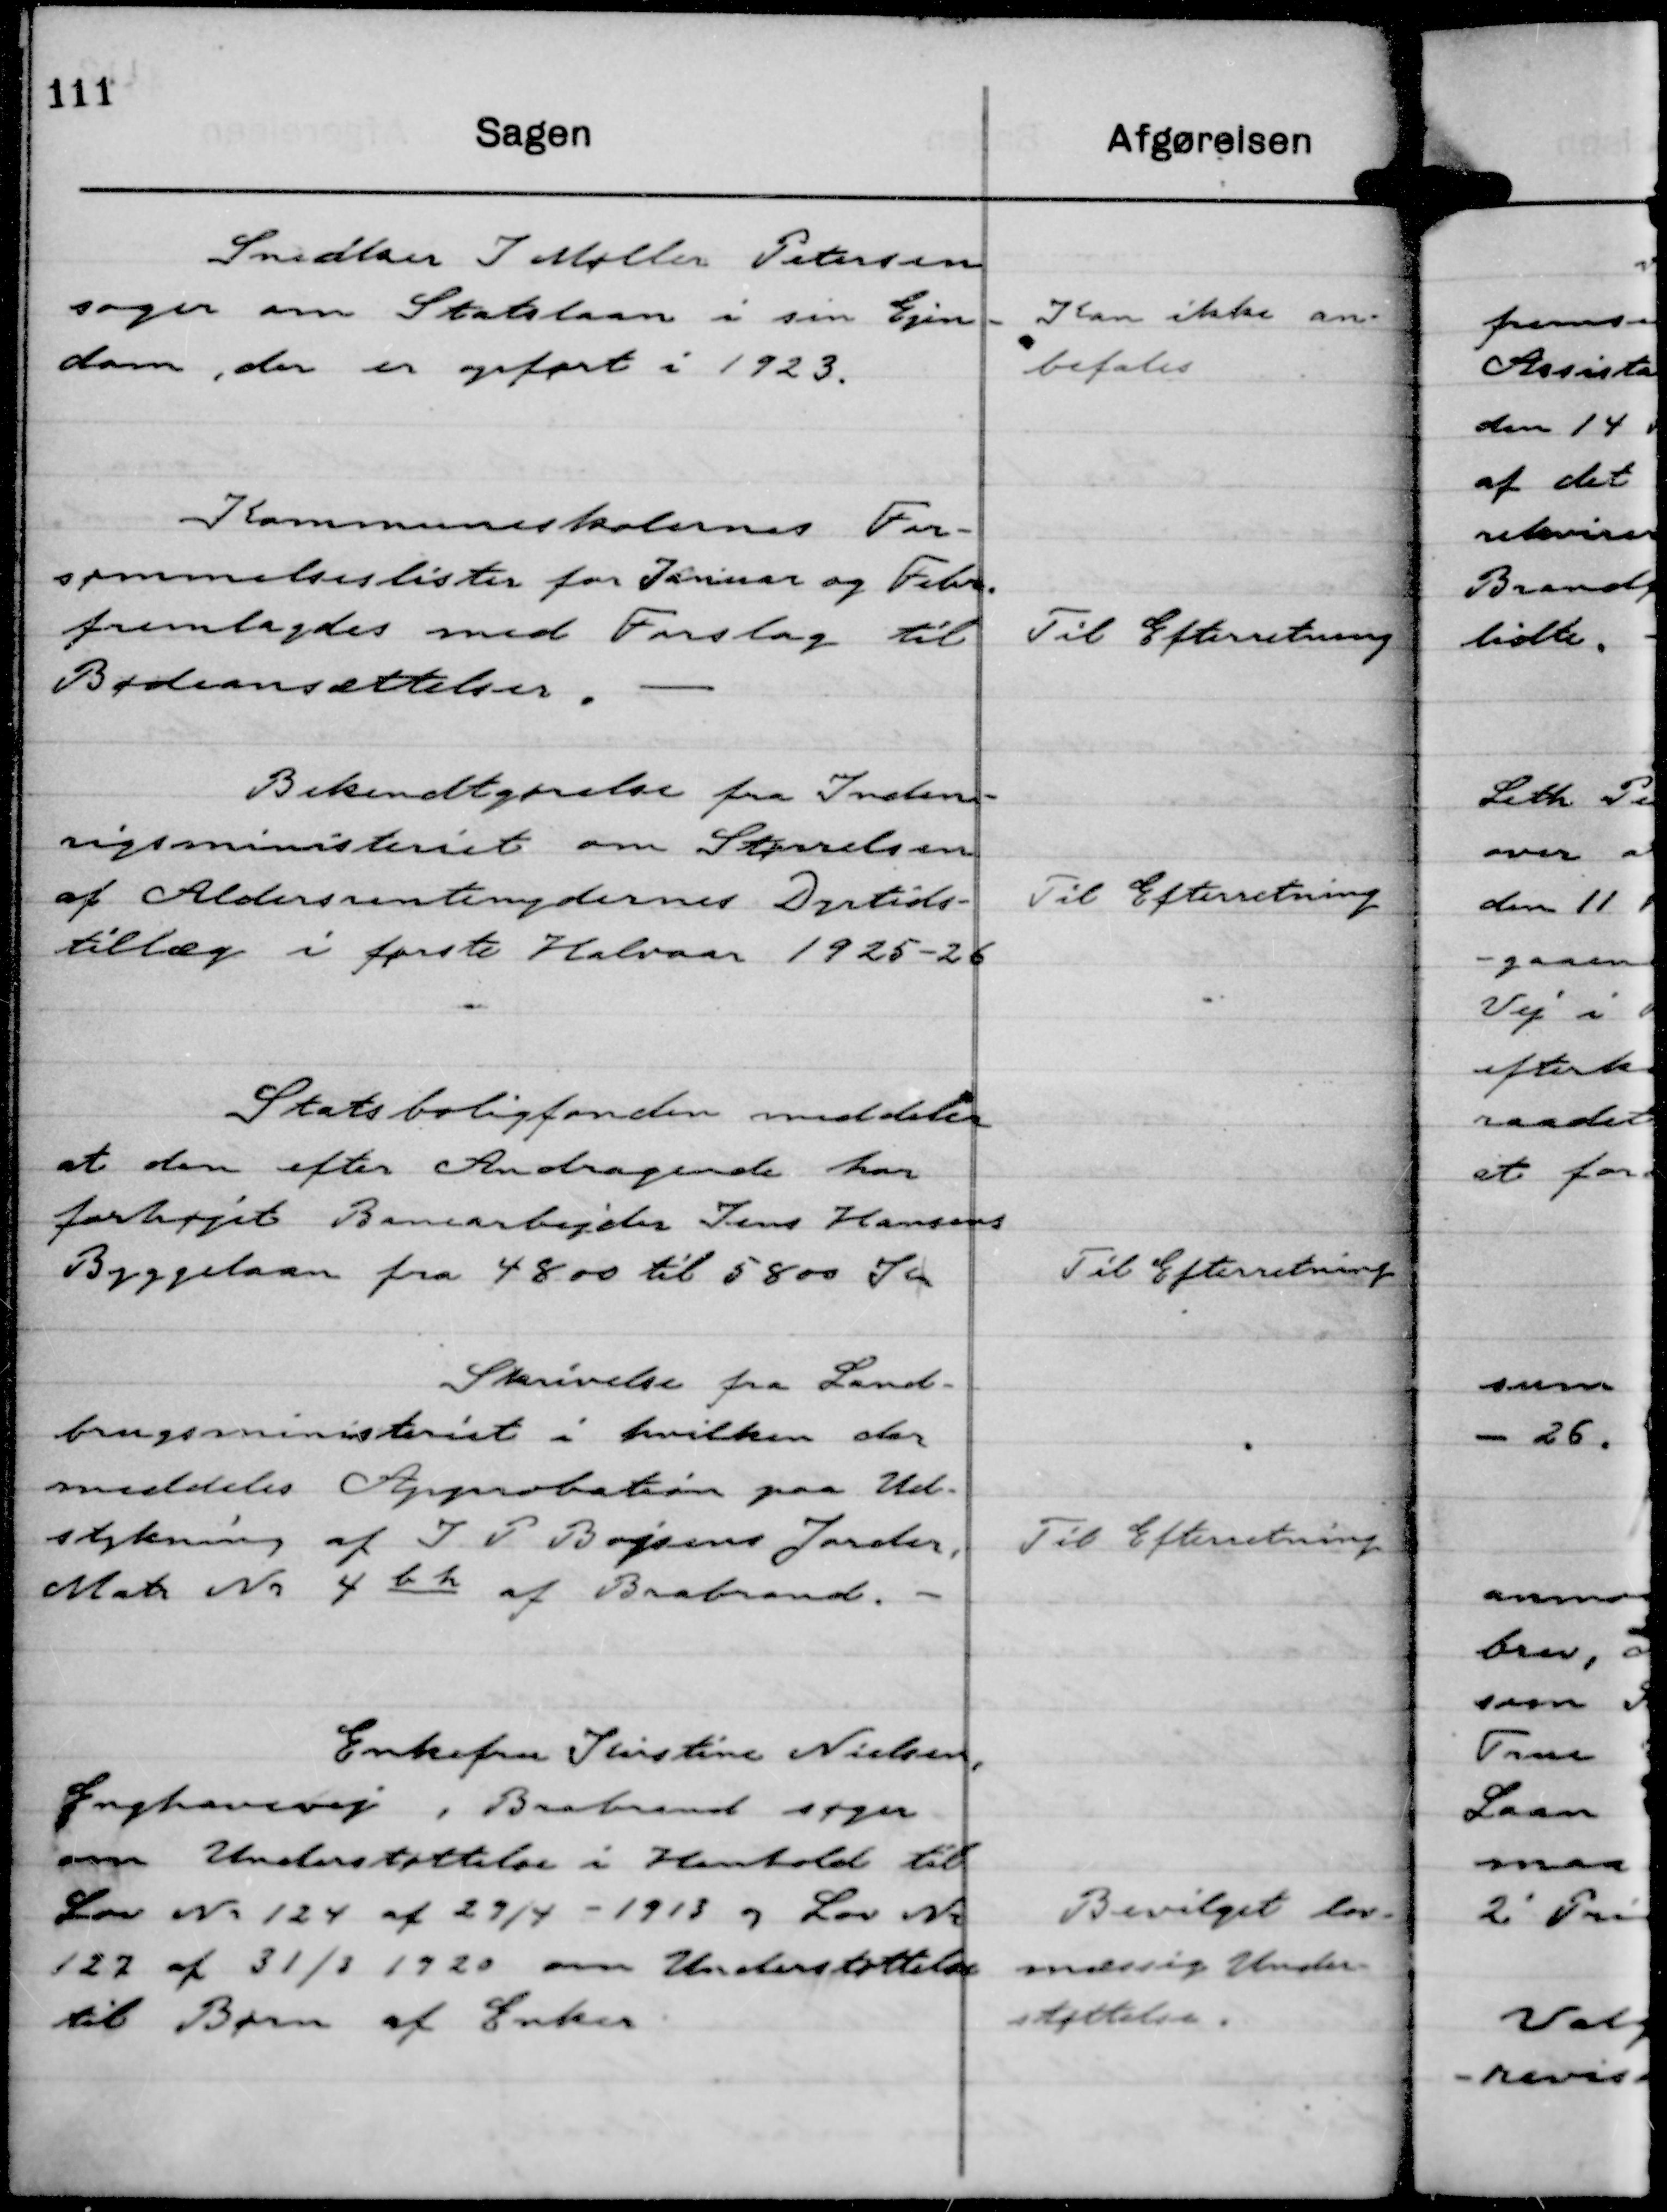
Transskription:
Snedker J Møller Petersen
søger om Statslaan i sin Ejen-
dom, der er opført i 1923.

Kan ikke an-
befales

Kommuneskolernes For-
sømmelseslister for Januar og Febr.
fremlagdes med Forslag til
Bødeansættelser.

Til Efterretning

Bekendtgørelse fra Inden-
rigsministeriet om Størrelsen
af Aldersrentenydernes Dyrtids-
tillæg i første Halvaar 1925-26

Til Efterretning

Statsboligfonden meddeler
at den efter Andragende har
forhøjet Banearbejder Jens Hansens
Byggelaan fra 4800 til 5800 Kr

Til Efterretning

Skrivelse fra Land-
brugsministeriet i hvilken der
meddeles Approbation paa Ud-
stykning af J P Bojsens Jorder,
Matr Nr 4 b h af Brabrand.

Til Efterretning

Enkefru Kirstine Nielsen,
Enghavevej, Brabrand søger
om Understøttelse i Henhold til
Lov Nr 124 af 29/4 - 1913 og Lov Nr
127 af 31/3 1920 om Understøttelse
til Børn af Enker.

Bevilget lov-
mæssig Under-
støttelse.